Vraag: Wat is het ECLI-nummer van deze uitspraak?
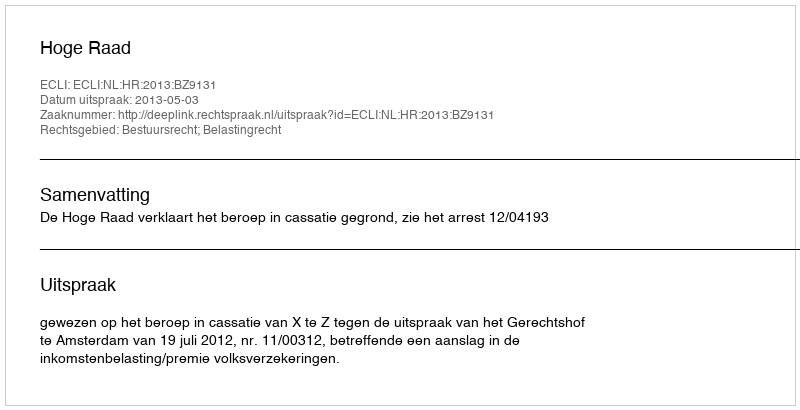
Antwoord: ECLI:NL:HR:2013:BZ9131